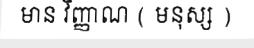
មាន វិញ្ញាណ ( មនុស្ស )